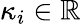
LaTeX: \kappa_{i}\in\mathbb{R}